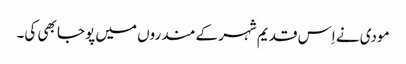
مودی نے اِس قدیم شہر کے مندروں میں پوجا بھی کی۔